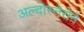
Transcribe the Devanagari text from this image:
अल्दोस्तेरोने